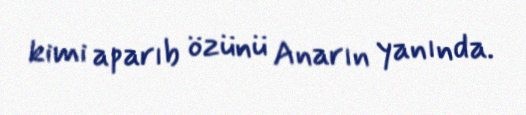
kimi aparıb özünü Anarın yanında.